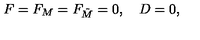
F = F _ { M } = F _ { \tilde { M } } = 0 , \quad D = 0 ,